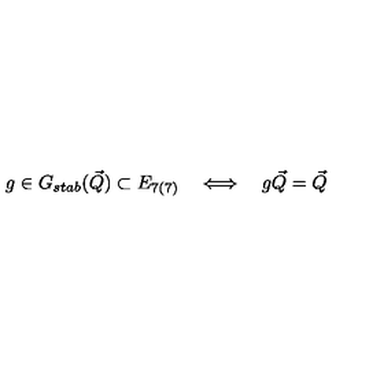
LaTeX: g \in G _ { s t a b } ( { \vec { Q } } ) \subset E _ { 7 ( 7 ) } \quad \Longleftrightarrow \quad g { \vec { Q } } = { \vec { Q } }